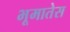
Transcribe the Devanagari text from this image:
भूमातेस